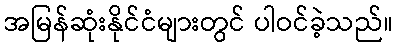
အမြန်ဆုံးနိုင်ငံများတွင် ပါဝင်ခဲ့သည်။